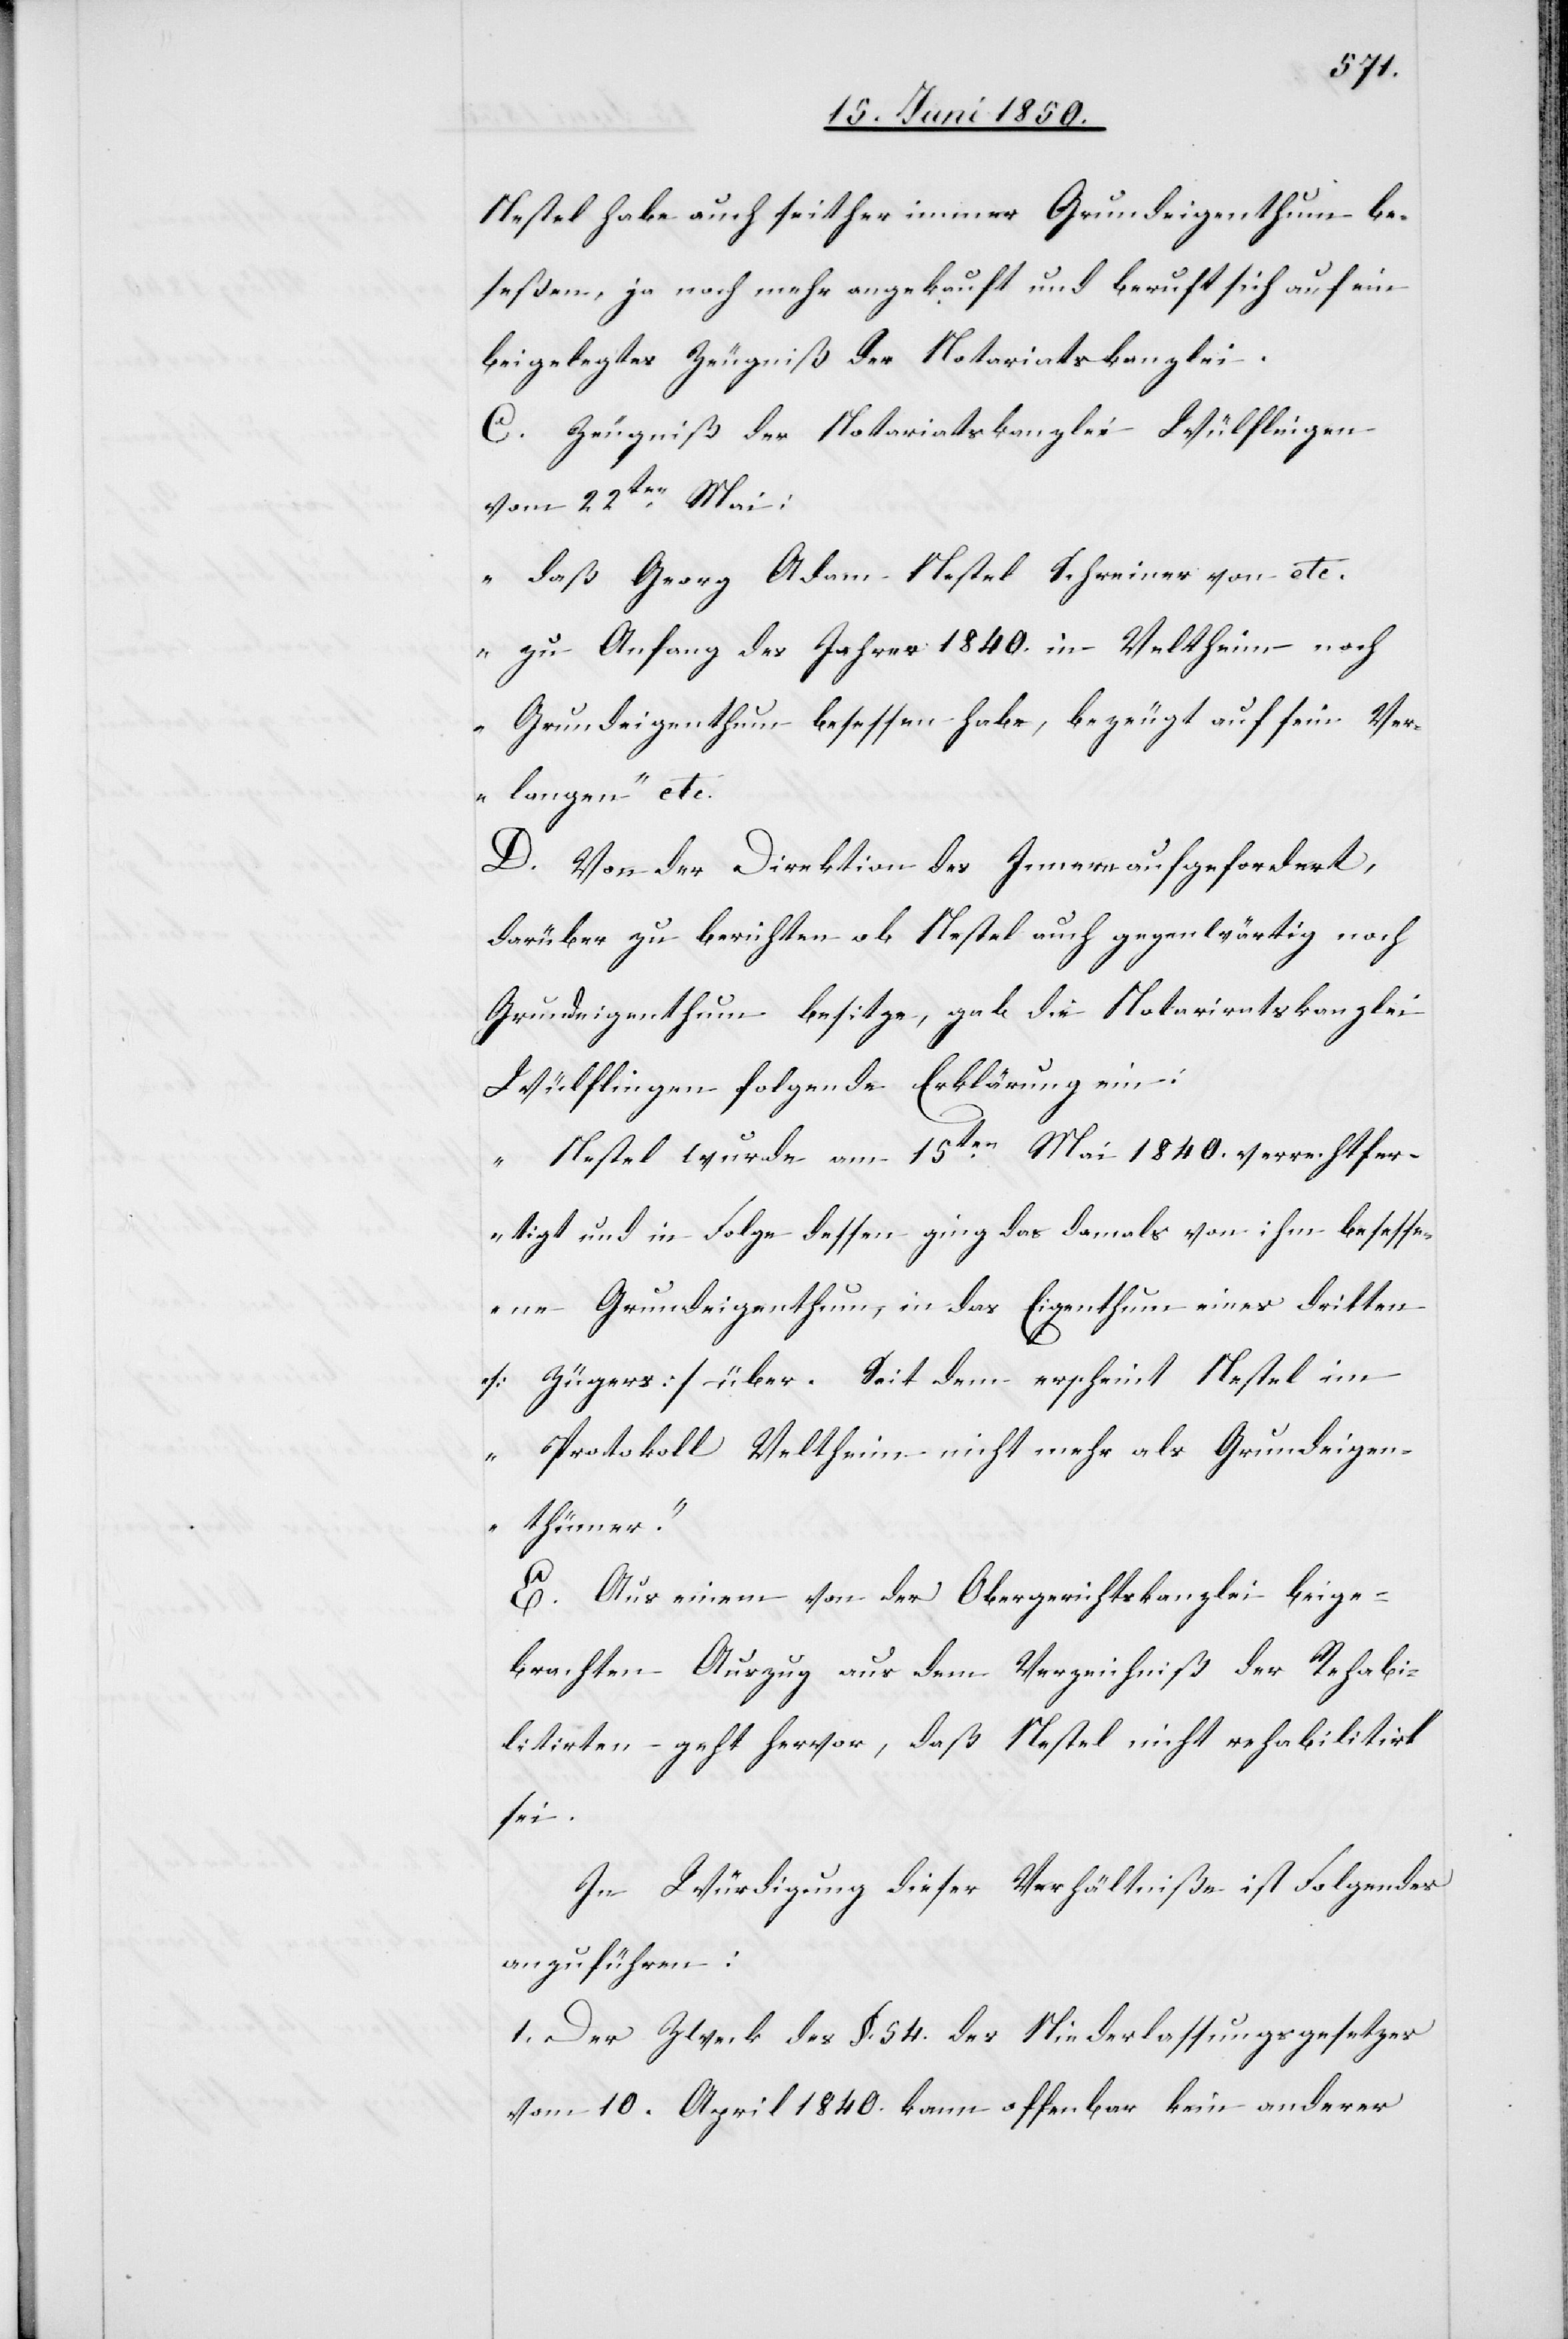
Nestel habe auch seither immer Grundeigenthum be¬
seßen, ja noch mehr angekauft und beruft sich auf ein
beigelegtes Zeugniß der Notariatskanzlei.
C. Zeugniß der Notariatskanzlei Wülflingen
vom 22ten Mai:
„daß Georg Adam Nestel Schreiner von etc.
zu Anfang des Jahres 1840. in Veltheim noch
Grundeigenthum besessen habe, bezeugt auf sein Ver¬
langen“ etc.
D. Von der Direktion des Innern aufgefordert,
darüber zu berichten ob Nestel auch gegenwärtig noch
Grundeigenthum besitze, gab die Notariatskanzlei
Wülflingen folgende Erklärung ein:
„Nestel wurde am 15ten Mai 1840. verrechtfer¬
tigt und in Folge dessen ging das damals von ihm besess¬
ene Grundeigenthum, in das Eigenthum eines dritten
[Zügers] über. Seitdem erscheint Nestel im
Protokoll Veltheim nicht mehr als Grundeigen¬
thümer.“
E. Aus einem von der Obergerichtskanzlei beige¬
brachten Auszug aus dem Verzeichniß der Rehabi¬
litirten geht hervor, daß Nestel nicht rehabilitirt
sei.
In Würdigung dieser Verhältniße ist Folgendes
anzuführen:
1. Der Zweck des §. 54. des Niederlassungsgesetzes
vom 10. April 1840. kann offenbar kein anderer